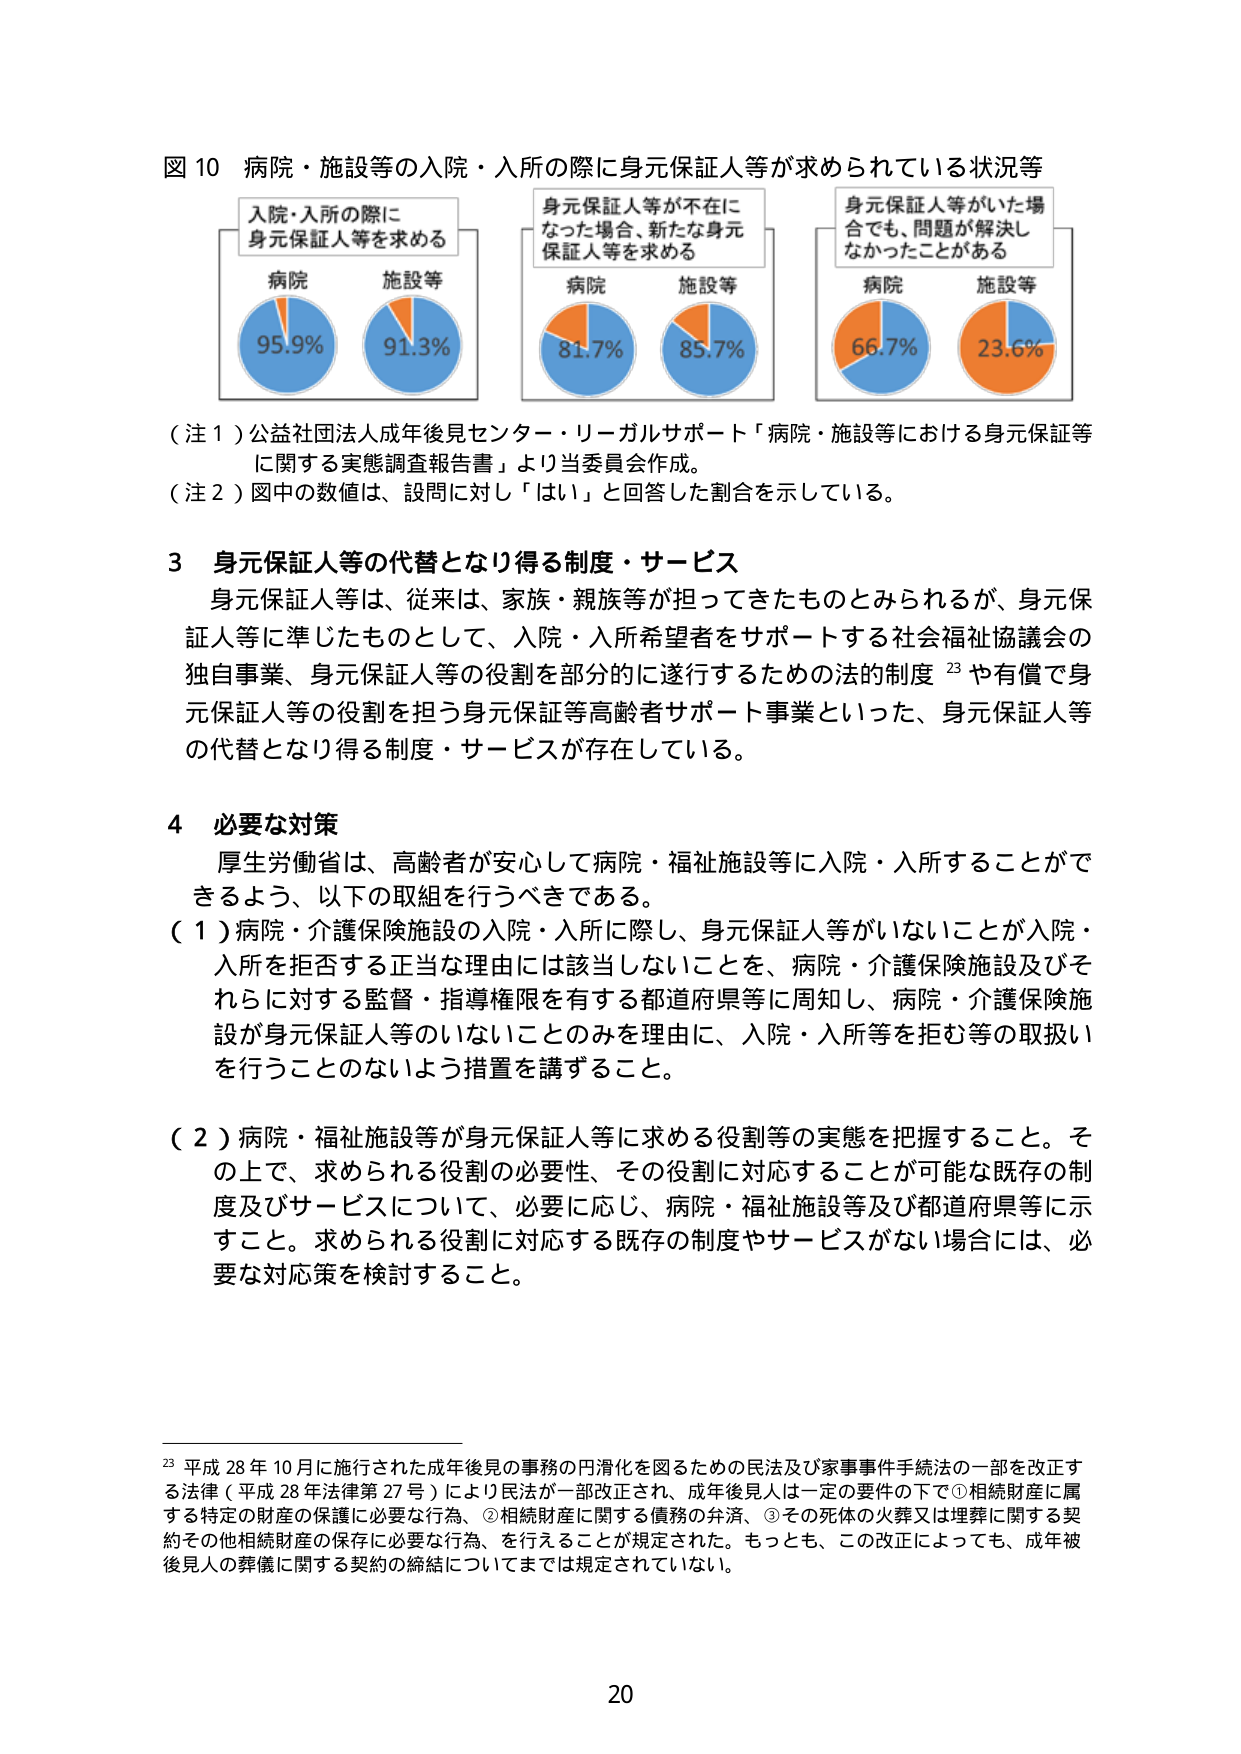
図 10 病院・施設等の入院・入所の際に身元保証人等が求められている状況等

入院・入所の際に
身元保証人等を求める

病院 95.9%
施設等 91.3%

身元保証人等が不在に
なった場合、新たな身元
保証人等を求める

病院 81.7%
施設等 85.7%

身元保証人等がいた場
合でも、問題が解決し
なかったことがある

病院 66.7%
施設等 23.6%

（注１）公益社団法人成年後見センター・リーガルサポート「病院・施設等における身元保証等に関する実態調査報告書」より当委員会作成。
（注２）図中の数値は、設問に対し「はい」と回答した割合を示している。

3 身元保証人等の代替となり得る制度・サービス
身元保証人等は、従来は、家族・親族等が担ってきたものとみられるが、身元保証人等に準じたものとして、入院・入所希望者をサポートする社会福祉協議会の独自事業、身元保証人等の役割を部分的に遂行するための法的制度 23 や有償で身元保証人等の役割を担う身元保証等高齢者サポート事業といった、身元保証人等の代替となり得る制度・サービスが存在している。

4 必要な対策
厚生労働省は、高齢者が安心して病院・福祉施設等に入院・入所することができるよう、以下の取組を行うべきである。
（１）病院・介護保険施設の入院・入所に際し、身元保証人等がいないことが入院・入所を拒否する正当な理由には該当しないことを、病院・介護保険施設及びそれらに対する監督・指導権限を有する都道府県等に周知し、病院・介護保険施設が身元保証人等のいないことのみを理由に、入院・入所等を拒む等の取扱いを行うことのないよう措置を講ずること。
（２）病院・福祉施設等が身元保証人等に求める役割等の実態を把握すること。その上で、求められる役割の必要性、その役割に対応することが可能な既存の制度及びサービスについて、必要に応じ、病院・福祉施設等及び都道府県等に示すこと。求められる役割に対応する既存の制度やサービスがない場合には、必要な対応策を検討すること。

23 平成 28 年 10 月に施行された成年後見の事務の円滑化を図るための民法及び家事事件手続法の一部を改正する法律（平成 28 年法律第 27 号）により民法が一部改正され、成年後見人は一定の要件の下で①相続財産に属する特定の財産の保護に必要な行為、②相続財産に関する債務の弁済、③その死体の火葬又は埋葬に関する契約その他相続財産の保存に必要な行為、を行えることが規定された。もっとも、この改正によっても、成年被後見人の葬儀に関する契約の締結についてまでは規定されていない。

20